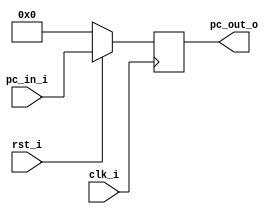
//Subject:     CO project 2 - PC
//--------------------------------------------------------------------------------
//Version:     1
//--------------------------------------------------------------------------------
//Writer:      Luke
//----------------------------------------------
//----------------------------------------------
//Description: 
//--------------------------------------------------------------------------------

module ProgramCounter(
    clk_i,
	rst_i,
	pc_in_i,
	pc_out_o
	);
     
//I/O ports
input           clk_i;
input	        rst_i;
input  [32-1:0] pc_in_i;
output [32-1:0] pc_out_o;
 
//Internal Signals
reg    [32-1:0] pc_out_o;
 
//Parameter

    
//Main function
always @(posedge clk_i) begin
    if(~rst_i)
	    pc_out_o <= 0;
	else
	    pc_out_o <= pc_in_i;
end

endmodule